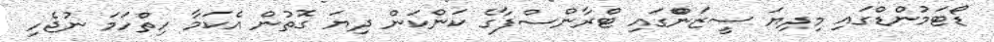
ޑޯޓަމުންޑްގައި މިދިޔަ ސީޒަންްގައި ޓްރާންސްފާގެ ކަންކަން ދިޔަ ގޮތުން އެކަމާ ހިތްހަމަ ނުޖެހި